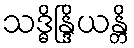
သဒ္ဓိန္ဒြိယန္တိ